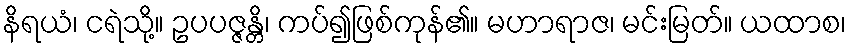
နိရယံ၊ ငရဲသို့။ ဥပပဇ္ဇန္တိ၊ ကပ်၍ဖြစ်ကုန်၏။ မဟာရာဇ၊ မင်းမြတ်။ ယထာစ၊